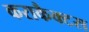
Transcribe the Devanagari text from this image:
कराकैक्टस